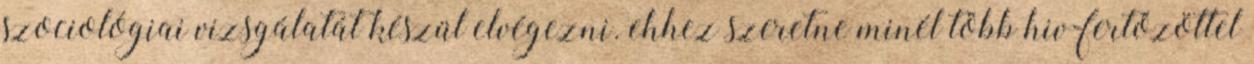
szociológiai vizsgálatát készül elvégezni. ehhez szeretne minél több hiv-fertőzöttel